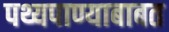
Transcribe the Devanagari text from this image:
पथ्यपाण्याबाबत